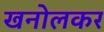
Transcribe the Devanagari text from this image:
खनोलकर